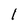
Character: 1